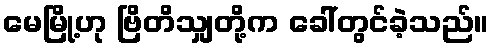
မေမြို့ဟု ဗြိတိသျှတို့က ခေါ်တွင်ခဲ့သည်။